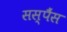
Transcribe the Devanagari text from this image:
सस्पैंस